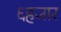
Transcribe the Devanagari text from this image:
६हजार